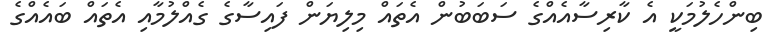
ބިންހެލުމަކީ އެ ކާރިސާއެއްގެ ސަބަބުން އެތައް މިލިޔަން ފައިސާގެ ގެއްލުމާއި އެތައް ބައެއްގެ